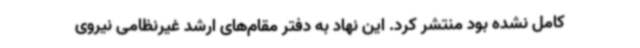
کامل نشده بود منتشر کرد. این نهاد به دفتر مقام‌های ارشد غیرنظامی نیروی